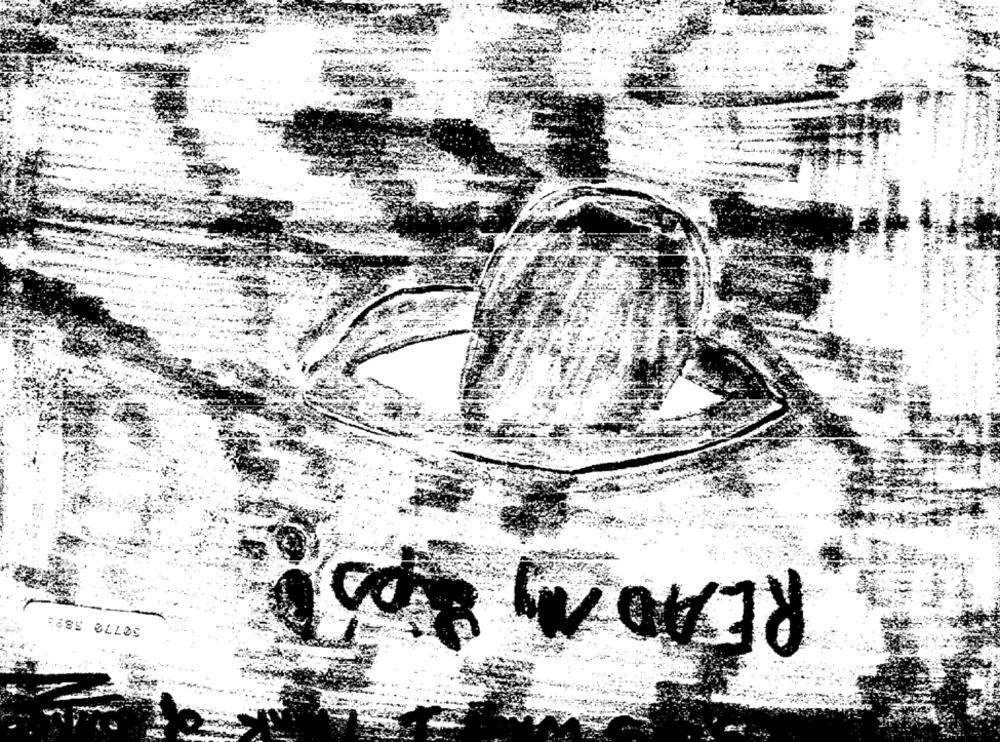
READADD
50772 589: